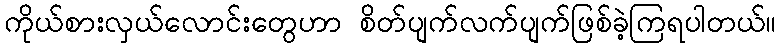
ကိုယ်စားလှယ်လောင်းတွေဟာ စိတ်ပျက်လက်ပျက်ဖြစ်ခဲ့ကြရပါတယ်။